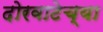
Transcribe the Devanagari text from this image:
दोरवाटेच्या